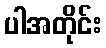
ပါအတိုင်း